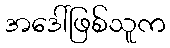
အဒေါ်ဖြစ်သူက